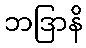
ဘဒြာနိ